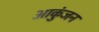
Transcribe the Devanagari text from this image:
आकुंजन